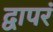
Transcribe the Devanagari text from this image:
द्वापरं